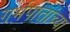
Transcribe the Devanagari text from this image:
गर्भपातांच्या